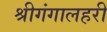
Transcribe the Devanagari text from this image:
श्रीगंगालहरी